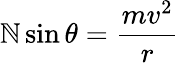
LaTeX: \mathbb{N}\sin\theta={\frac{{mv^{2}}}{{r}}}